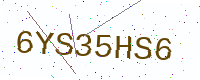
Text: 6YS35HS6